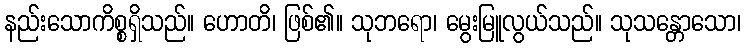
နည်းသောကိစ္စရှိသည်။ ဟောတိ၊ ဖြစ်၏။ သုဘရော၊ မွေးမြူလွယ်သည်။ သုသန္တောသော၊